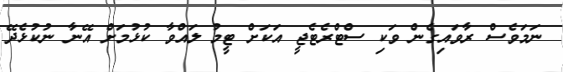
ނަމަވެސް ރާވައިގެން ވަކި ސްޓްރެޓެޖީ އަކަށް ޓީމު ލައްވާ ކުޅުމަށް އޭނާ ނުކުޅެދޭ